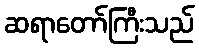
ဆရာတော်ကြီးသည်